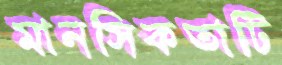
মানসিকতাটি